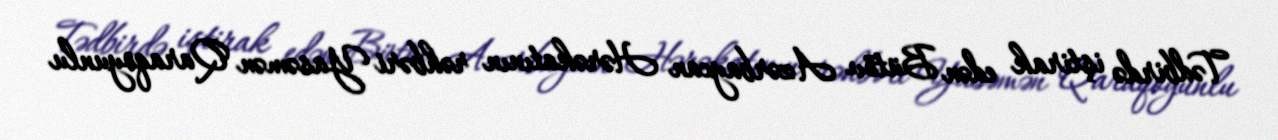
Tədbirdə iştirak edən Bütöv Azərbaycan Hərəkatının rəhbəri Yasəmən Qaraqoyunlu